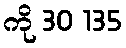
ကို 30 135